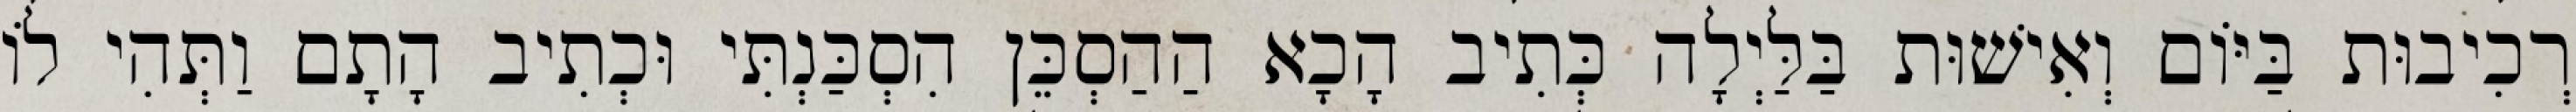
רְכִיבוּת בַּיּוֹם וְאִישׁוּת בַּלַּיְלָה כְּתִיב הָכָא הַהַסְכֵּן הִסְכַּנְתִּי וּכְתִיב הָתָם וַתְּהִי לוֹ